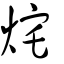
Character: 烢